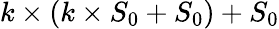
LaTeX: k\times(k\times S_{0}+S_{0})+S_{0}